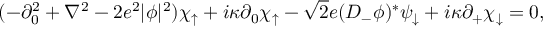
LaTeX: ( - \partial _ { 0 } ^ { 2 } + \nabla ^ { 2 } - 2 e ^ { 2 } | \phi | ^ { 2 } ) \chi _ { \uparrow } + i \kappa \partial _ { 0 } \chi _ { \uparrow } - \sqrt { 2 } e ( D _ { - } \phi ) ^ { * } \psi _ { \downarrow } + i \kappa \partial _ { + } \chi _ { \downarrow } = 0 ,